Mental hospitals Bombay report 1929-33 - 1929-1933
Year: 1929
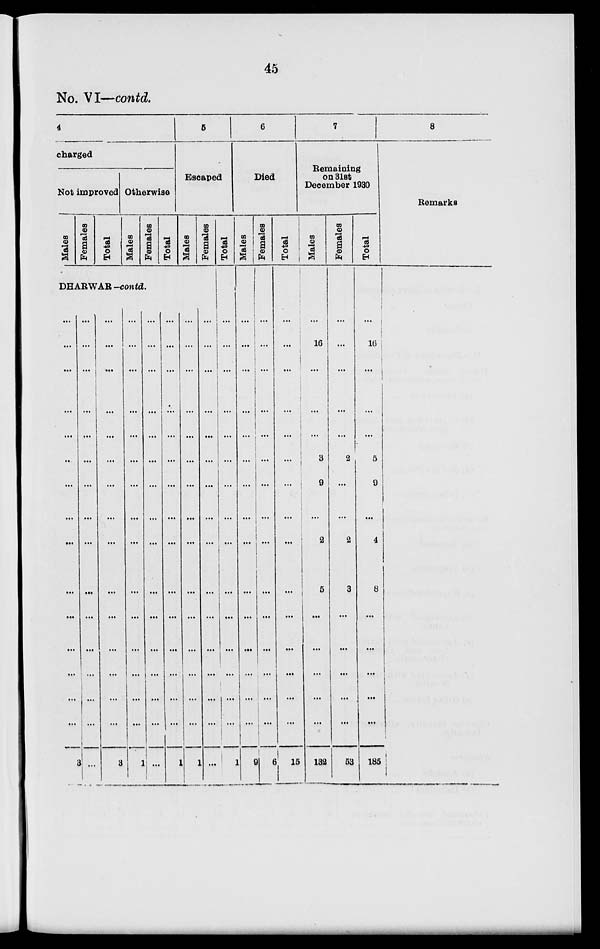
45
No. VI—contd.
4
charged
Not improved
Males
Females
Total
Otherwise
Males
Females
Total
5
Escaped
Males
Females
DHARWAR-contd.
...
...
...
...
...
...
...
...
...
...
...
...
...
...
...
3
...
...
...
...
...
...
...
...
...
...
...
...
...
...
...
...
...
...
...
...
...
...
...
...
...
...
...
...
...
...
3
...
...
...
...
...
...
...
...
...
...
...
...
...
...
...
1
...
...
...
...
...
...
...
...
...
...
...
...
...
...
...
...
...
...
...
...
...
...
...
...
...
...
...
...
...
...
1
...
...
...
...
...
...
...
...
...
...
...
...
...
...
...
1
...
...
...
...
...
...
...
...
...
...
...
...
...
...
...
...
Total
...
...
...
...
...
...
...
...
...
...
...
...
...
...
...
1
6
Died
Males
...
...
...
...
...
...
...
...
...
...
...
...
...
...
...
9
Females
...
...
...
...
...
...
...
...
...
...
...
...
...
...
...
6
Total
...
...
...
...
...
...
...
...
...
...
...
...
...
...
...
15
7
Remaining
on 31st
December 1930
Males
...
16
...
...
...
3
9
...
2
5
...
...
...
...
...
132
Females
...
...
...
...
...
2
...
...
2
3
...
...
...
...
...
53
Total
...
16
...
...
...
5
9
...
4
8
...
...
...
...
...
185
8
Remarks